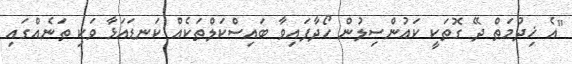
"އެ ޚިދުމަތް ދޭ ގޮތަކީ ކައުންސިލުން ހޯދާފައިވާ ބައިސްކަލްތަކެއް ކަނޑައަޅާ ވަކި ތަނެއްގައި